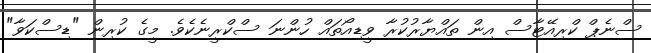
ސްނެޕް ކްރިއޭޓާސް އިން ތައްޔާރުކުރާ ވީޑިއޯތައް ހުންނަ ސްކްރީނެކެވެ. މީގެ ކުރިން "ޑިސްކަވާ"